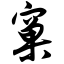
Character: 窠